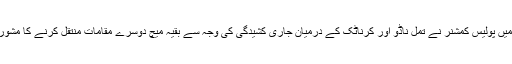
جس میں پولیس کمشنر نے تمل ناڈو اور کرناٹک کے درمیان جاری کشیدگی کی وجہ سے بقیہ میچ دوسرے مقامات منتقل کرنے کا مشورہ دیا۔